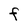
Character: F